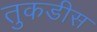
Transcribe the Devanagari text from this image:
तुकडीस